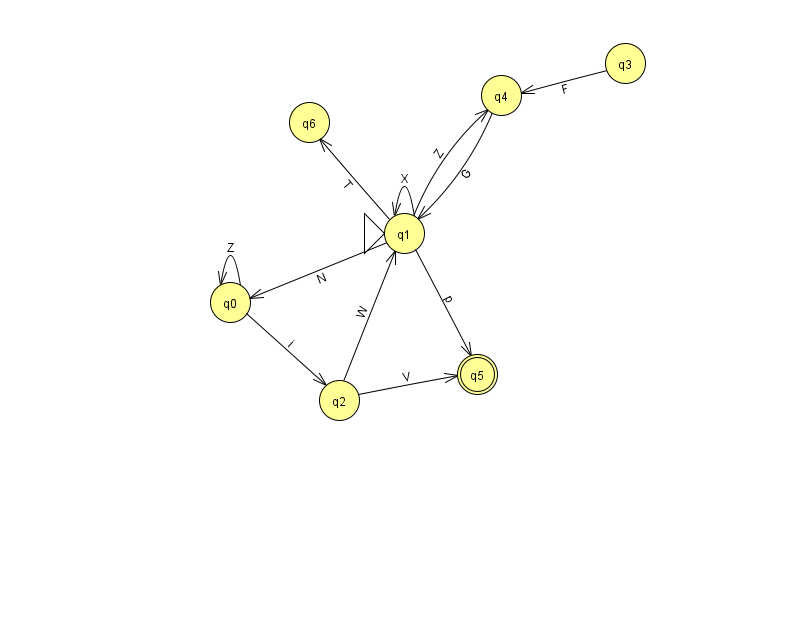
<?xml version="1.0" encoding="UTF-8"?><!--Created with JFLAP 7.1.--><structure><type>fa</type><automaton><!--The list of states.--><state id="0" name="q0"><x>230.0</x><y>289.0</y></state><state id="1" name="q1"><x>404.0</x><y>220.0</y><initial/></state><state id="2" name="q2"><x>339.0</x><y>387.0</y></state><state id="3" name="q3"><x>625.0</x><y>50.0</y></state><state id="4" name="q4"><x>501.0</x><y>82.0</y></state><state id="5" name="q5"><x>477.0</x><y>361.0</y><final/></state><state id="6" name="q6"><x>309.0</x><y>109.0</y></state><!--The list of transitions.--><transition><from>1</from><to>0</to><read>N</read></transition><transition><from>4</from><to>1</to><read>G</read></transition><transition><from>1</from><to>5</to><read>p</read></transition><transition><from>0</from><to>2</to><read>i</read></transition><transition><from>2</from><to>1</to><read>W</read></transition><transition><from>2</from><to>5</to><read>V</read></transition><transition><from>1</from><to>1</to><read>X</read></transition><transition><from>1</from><to>6</to><read>T</read></transition><transition><from>0</from><to>0</to><read>Z</read></transition><transition><from>1</from><to>4</to><read>Z</read></transition><transition><from>3</from><to>4</to><read>F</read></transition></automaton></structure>